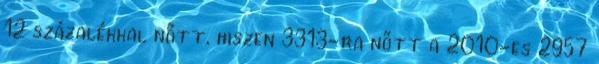
12 százalékkal nőtt, hiszen 3313-ra nőtt a 2010-es 2957